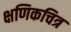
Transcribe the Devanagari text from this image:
क्षणिकचित्र